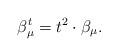
LaTeX: \begin{align*}\beta_\mu^t = t^2 \cdot \beta_\mu. \end{align*}